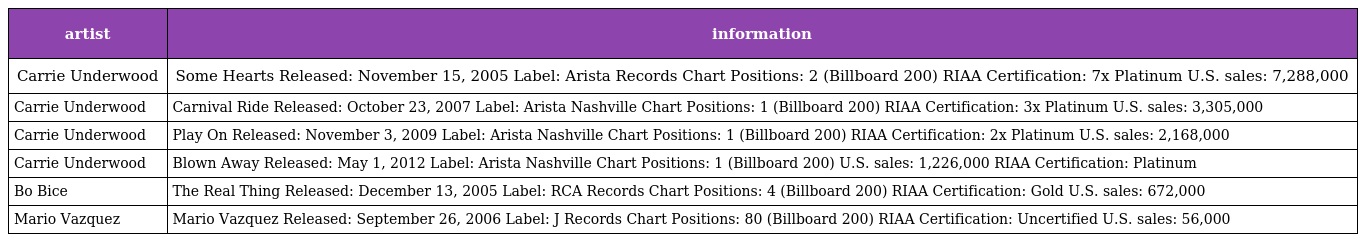
| artist | information |
 | --- | --- |
 | Carrie Underwood | Some Hearts Released: November 15, 2005 Label: Arista Records Chart Positions: 2 (Billboard 200) RIAA Certification: 7x Platinum U.S. sales: 7,288,000 |
 | Carrie Underwood | Carnival Ride Released: October 23, 2007 Label: Arista Nashville Chart Positions: 1 (Billboard 200) RIAA Certification: 3x Platinum U.S. sales: 3,305,000 |
 | Carrie Underwood | Play On Released: November 3, 2009 Label: Arista Nashville Chart Positions: 1 (Billboard 200) RIAA Certification: 2x Platinum U.S. sales: 2,168,000 |
 | Carrie Underwood | Blown Away Released: May 1, 2012 Label: Arista Nashville Chart Positions: 1 (Billboard 200) U.S. sales: 1,226,000 RIAA Certification: Platinum |
 | Bo Bice | The Real Thing Released: December 13, 2005 Label: RCA Records Chart Positions: 4 (Billboard 200) RIAA Certification: Gold U.S. sales: 672,000 |
 | Mario Vazquez | Mario Vazquez Released: September 26, 2006 Label: J Records Chart Positions: 80 (Billboard 200) RIAA Certification: Uncertified U.S. sales: 56,000 |